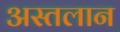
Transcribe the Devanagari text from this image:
अस्तलान